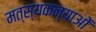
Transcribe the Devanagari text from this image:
मत्स्यकन्याओं